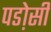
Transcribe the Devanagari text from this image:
पडो़सी